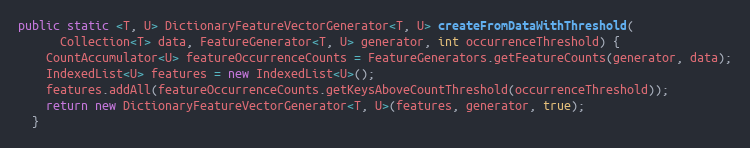
Language: Java
public static <T, U> DictionaryFeatureVectorGenerator<T, U> createFromDataWithThreshold(
      Collection<T> data, FeatureGenerator<T, U> generator, int occurrenceThreshold) {
    CountAccumulator<U> featureOccurrenceCounts = FeatureGenerators.getFeatureCounts(generator, data);
    IndexedList<U> features = new IndexedList<U>();
    features.addAll(featureOccurrenceCounts.getKeysAboveCountThreshold(occurrenceThreshold));
    return new DictionaryFeatureVectorGenerator<T, U>(features, generator, true);
  }